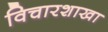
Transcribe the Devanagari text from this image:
विचारशाखा